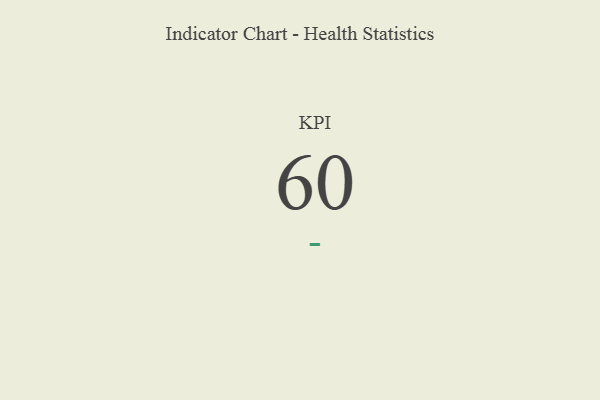
{"axis": {"x": "KPI", "y": "Value"}, "legend": [""], "data": [{"x": "KPI", "y": 60, "type": ""}]}